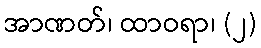
အာဏတ်၊ ထာဝရာ၊ (၂)